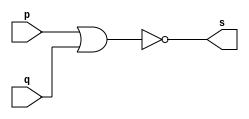
// -------------------------
// Exemplo0007
// Nome: Gustavo Barbosa

module nor2 (output s,input p,input q);

 assign s = (~(p|q));

endmodule

module testnor;

 reg a,b;
 wire s;

 nor2 nor1 (s,a,b);

 initial begin: start
   a=0; b=0;
  end

 initial begin
   $display("Teste NOR");
   $display("\n~(a|b) = s\n");
   $monitor("  %b   %b %b",s,a,b);

   #1 a=0;b=1;
   #1 a=1; b=0;
   #1 a=1;b=1;
  end
endmodule